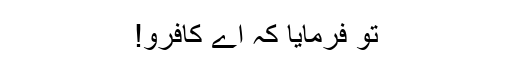
تو فرمایا کہ اے کافرو!